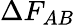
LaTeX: \Delta F_{AB}